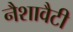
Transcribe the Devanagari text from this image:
नैशावैटी